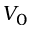
V _ { 0 }